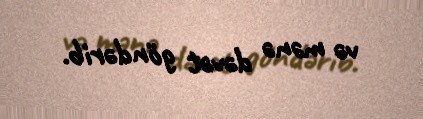
və mənə dəvət göndərib.